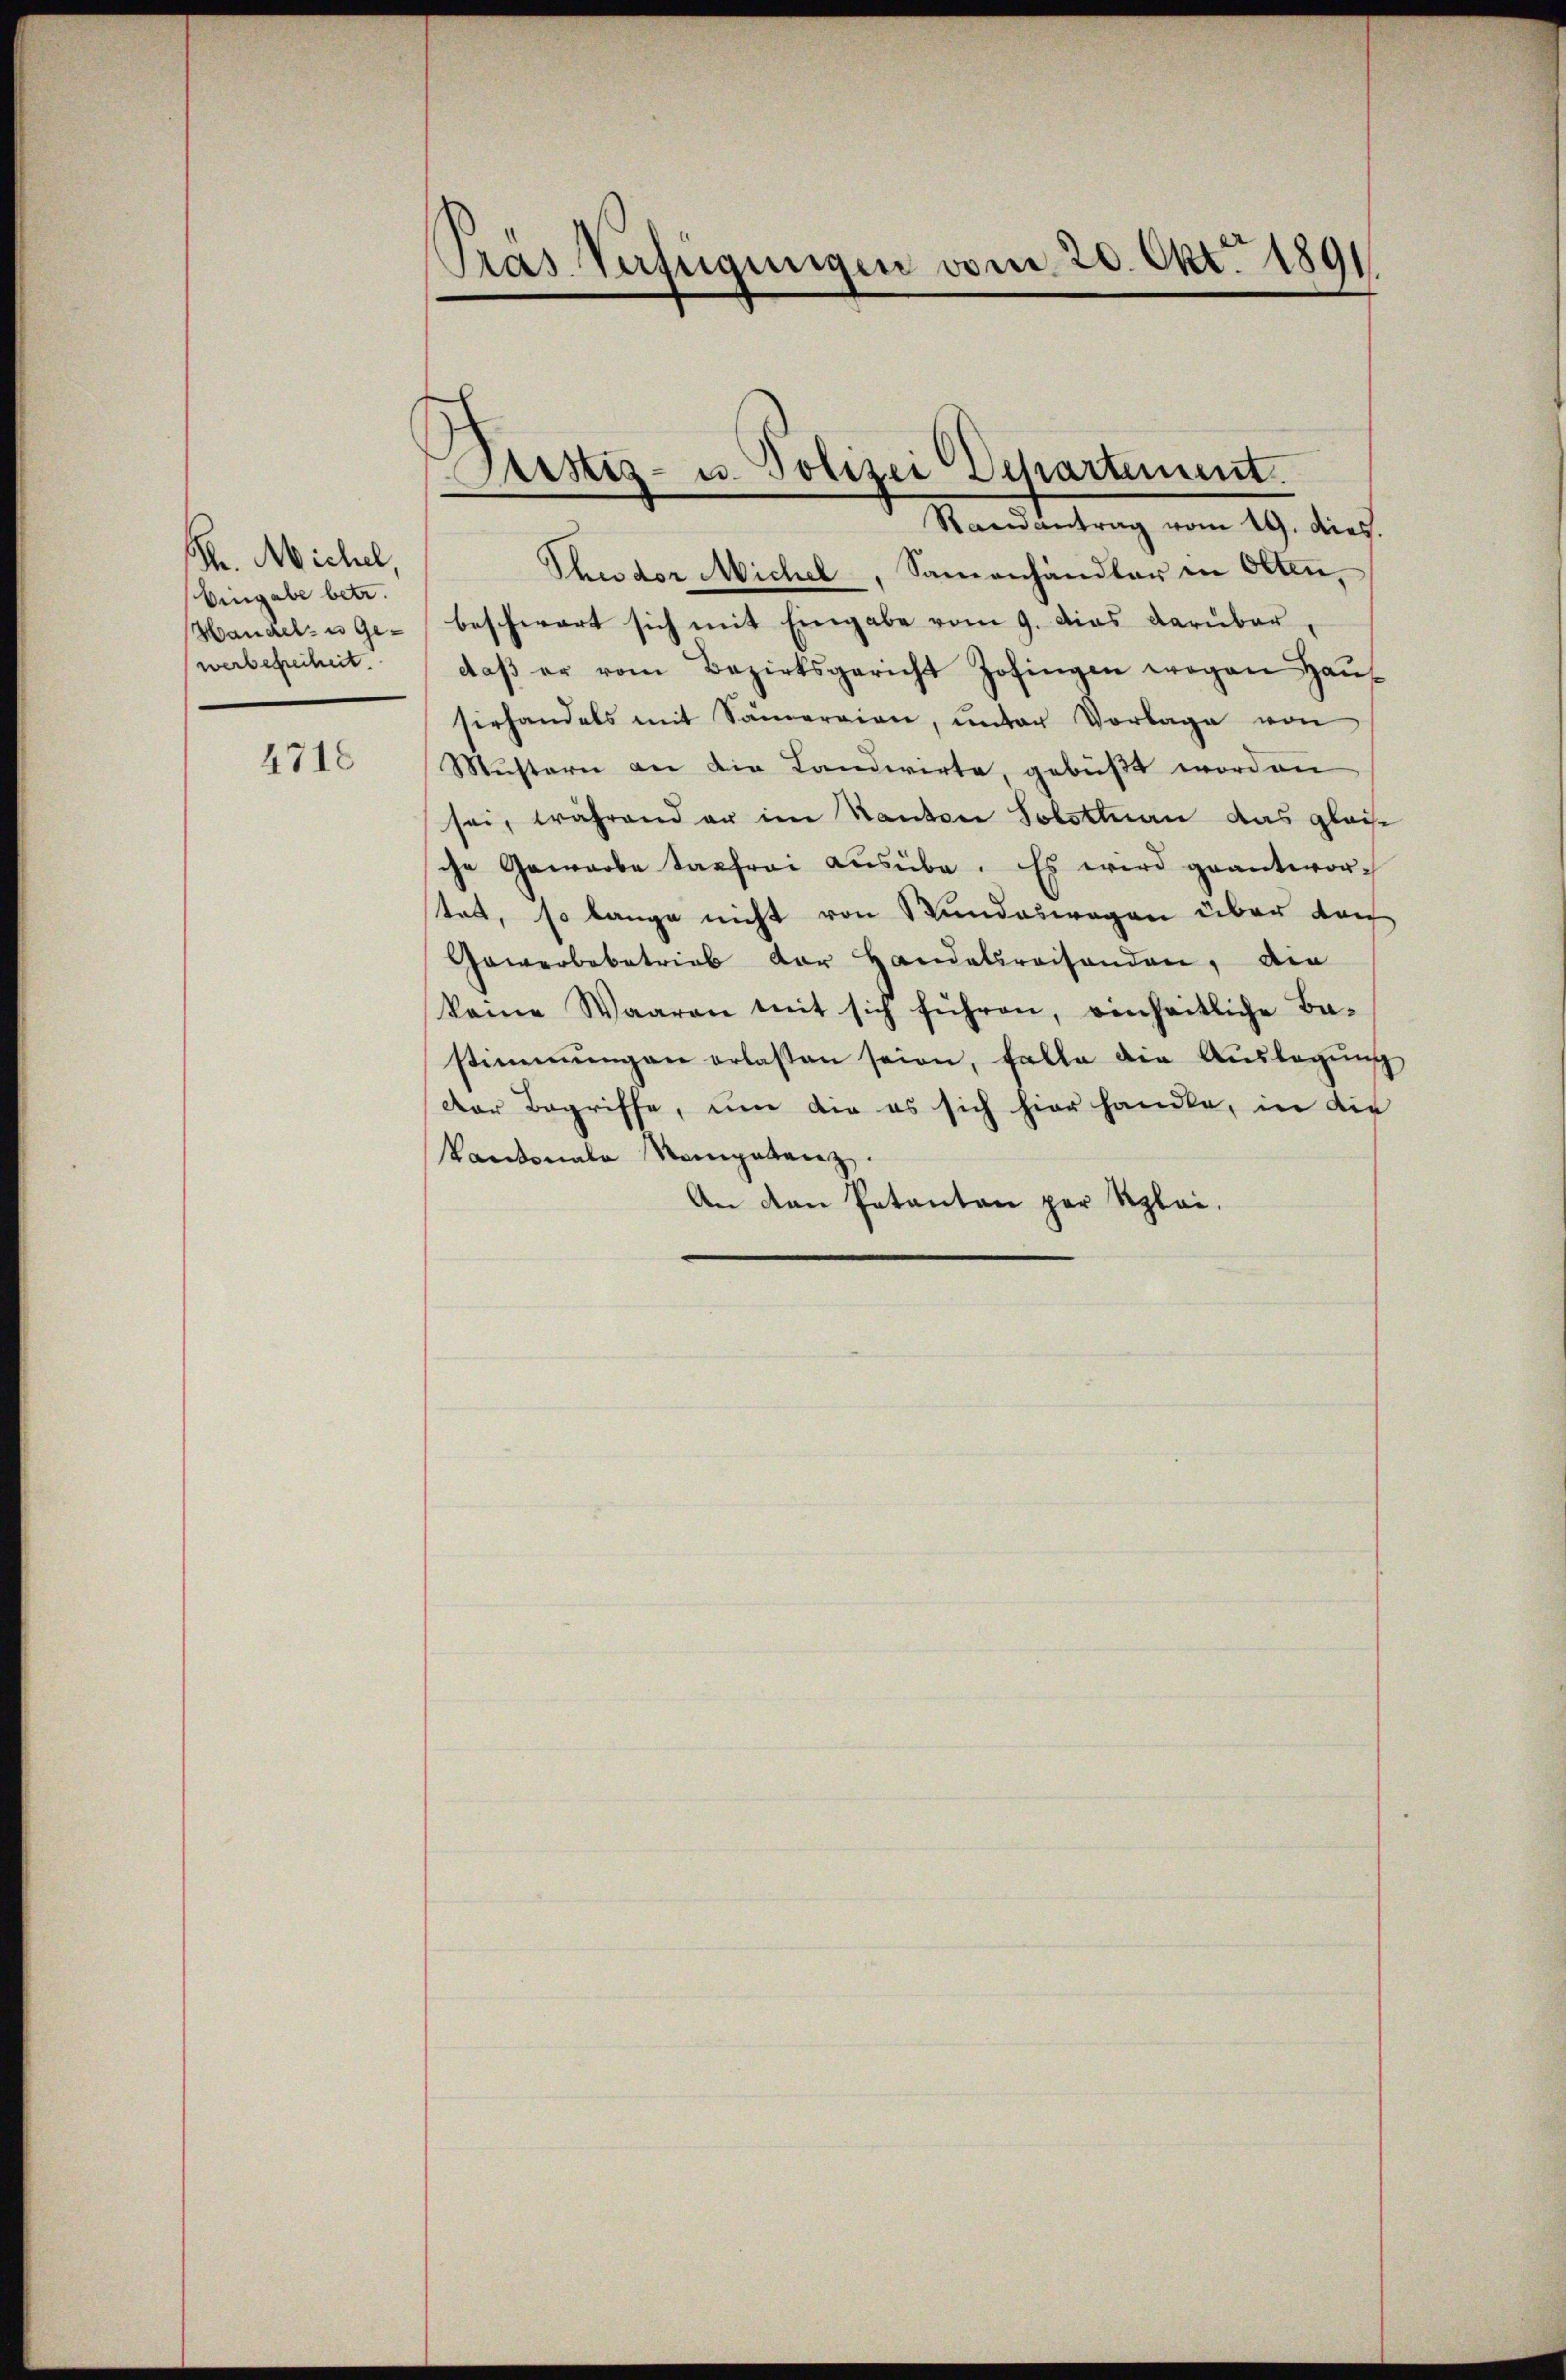
Pr. Michel,
Eingabe betr.
Handel- u Gewerbefreiheit.

4718

Pras Verfügungen vom 20. Okt. 1891

Sistiz- u. Polizei Departement.

Randantrag vom 19. dies.
Thuder Michel, Samenhändler in Olten,
beschwart sich mit Eingabe vom 9. dies darüber
daβ er vom Bezirksgericht Zofingen wegen Haus-
serhandels mit Sameraien, ŭnter Vorlage von
Mustern an die Landwirte, gebüßt worden
sei, während er im Kanton Solottnau das gleiche
che Gewarbe tagfrei aŭsübe. Es wird geantworstatt, so lange nicht von Bundeswegen über dan
Gewerbebetrieb der Handelsreisenden, die
kame Waaren mit sich führen, einheitliche Ba-
stimmungen erlassen seien, falle die Aŭslagŭng
Der Begriffe, um die es sich hier handle, in die
kantonale Kompetenz.
An den Patanten par Rplai.